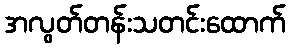
အလွတ်တန်းသတင်းထောက်